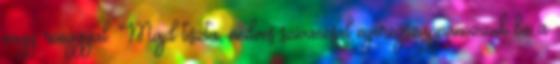
vagy ronggyal. Majd tiszta, nedves szivaccsal nyeregszappanozzuk be a